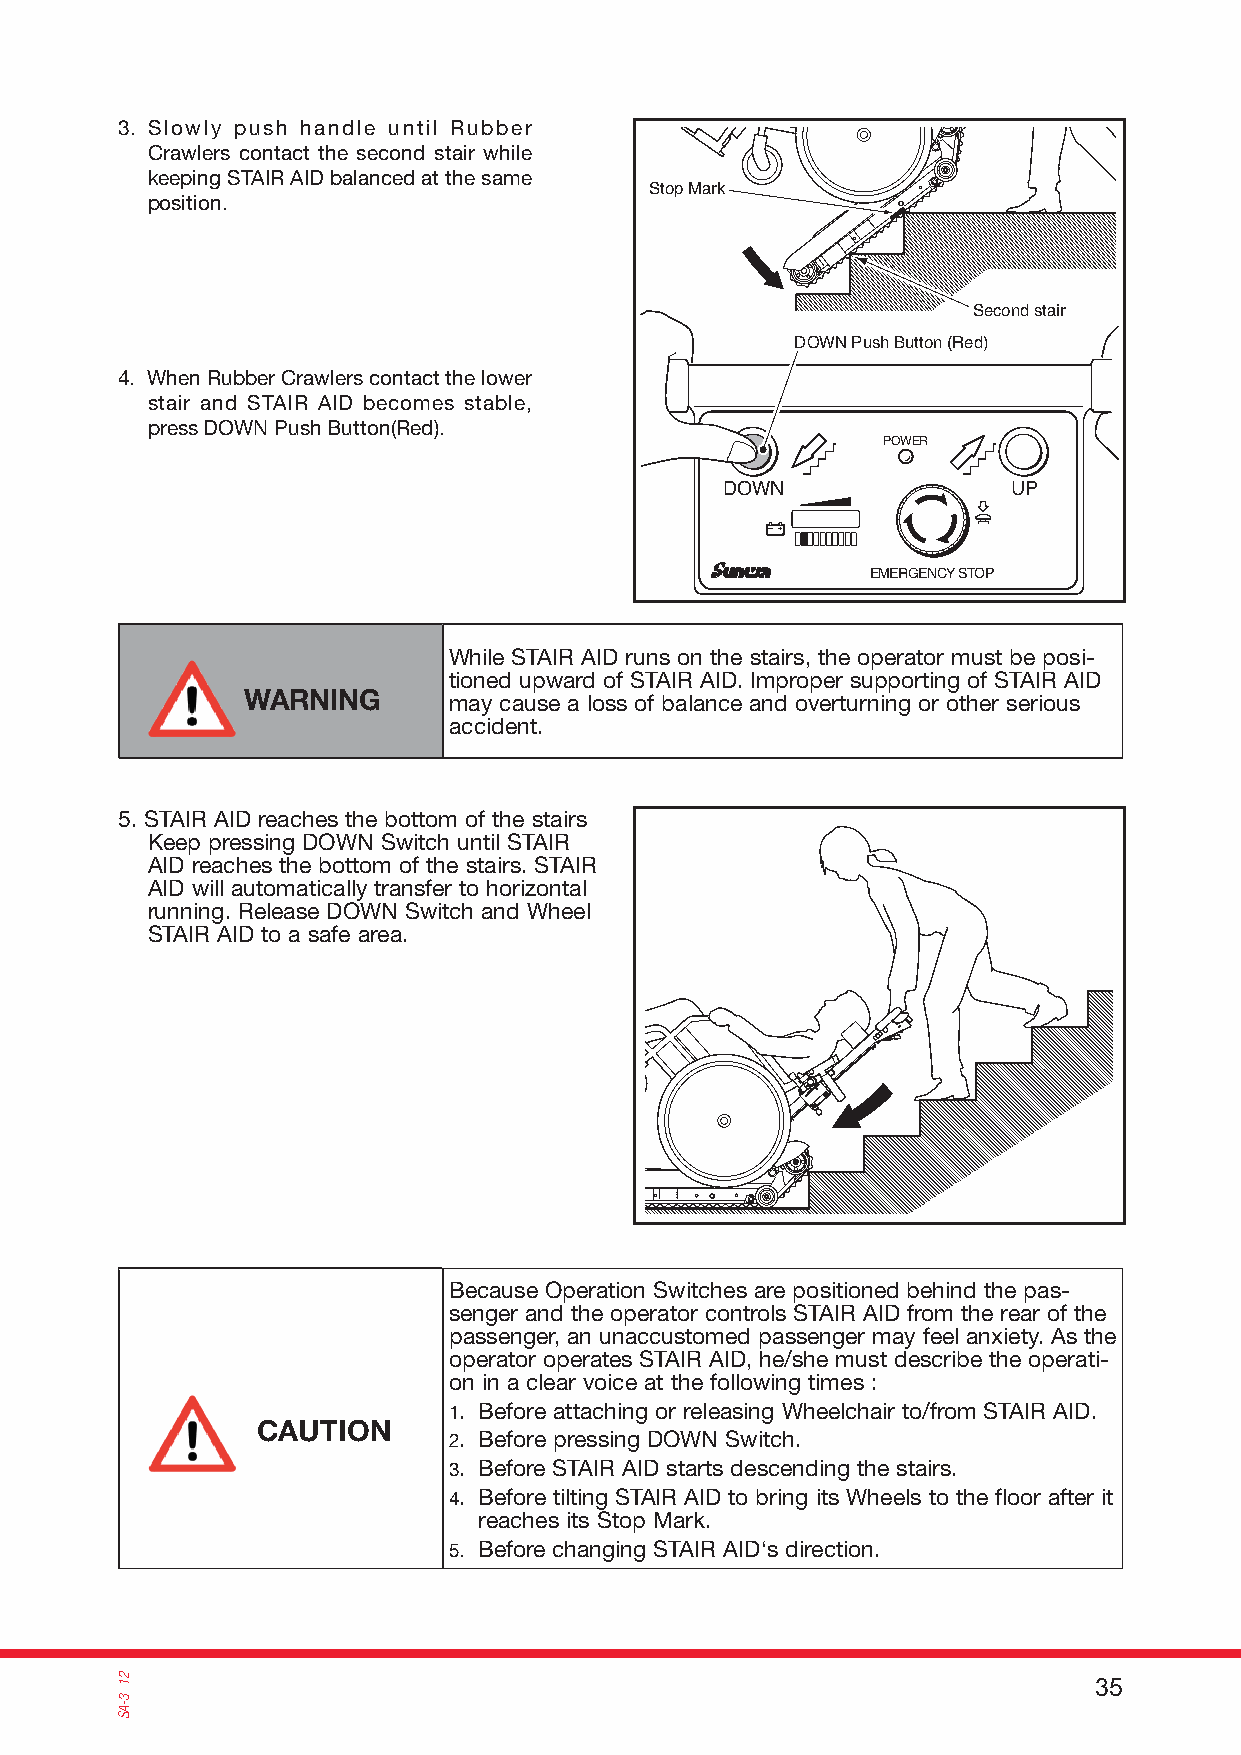
3. Slowly push handle until Rubber
 Crawlers contact the second stair while
 keeping STAIR AID balanced at the same
 Stop Mark
 position.
 Second stair
 DOWN Push Button (Red)
 4. When Rubber Crawlers contact the lower
 stair and STAIR AID becomes stable,
 press DOWN Push Button(Red).
 POWER
 DOWN               UP
 EMERGENCY STOP
 While STAIR AID runs on the stairs, the operator must be posi-
 tioned upward of STAIR AID. Improper supporting of STAIR AID
 WARNING       may cause a loss of balance and overturning or other serious
 accident.
 5. STAIR AID reaches the bottom of the stairs
 Keep pressing DOWN Switch until STAIR
 AID reaches the bottom of the stairs. STAIR
 AID will automatically transfer to horizontal
 running. Release DOWN Switch and Wheel
 STAIR AID to a safe area.
 Because Operation Switches are positioned behind the pas-
 senger and the operator controls STAIR AID from the rear of the
 passenger, an unaccustomed passenger may feel anxiety. As the
 operator operates STAIR AID, he/she must describe the operati-
 on in a clear voice at the following times :
 1. Before attaching or releasing Wheelchair to/from STAIR AID.
 CAUTION
 2. Before pressing DOWN Switch.
 3. Before STAIR AID starts descending the stairs.
 4. Before tilting STAIR AID to bring its Wheels to the floor after it
 reaches its Stop Mark.
 5. Before changing STAIR AID‘s direction.
 35 21
 3-AS